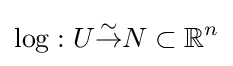
\log :U{\overset {\sim }{\to }}N\subset \mathbb {R} ^{n}